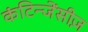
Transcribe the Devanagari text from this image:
कंटिन्जेंसीज़